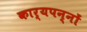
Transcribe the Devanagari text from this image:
कार्यपन्नों